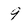
Character: 9